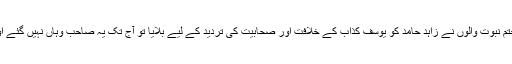
لیکن جب عالمی مجلس تحفظ ختم نبوت والوں نے زاہد حامد کو یوسف کذاب کے خلافت اور صحابیت کی تردید کے لیے بلایا تو آج تک یہ صاحب وہاں نہیں گئے اور الٹا ان کو گالیاں دینے لگے۔